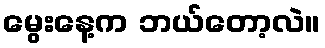
မွေးနေ့က ဘယ်တော့လဲ။